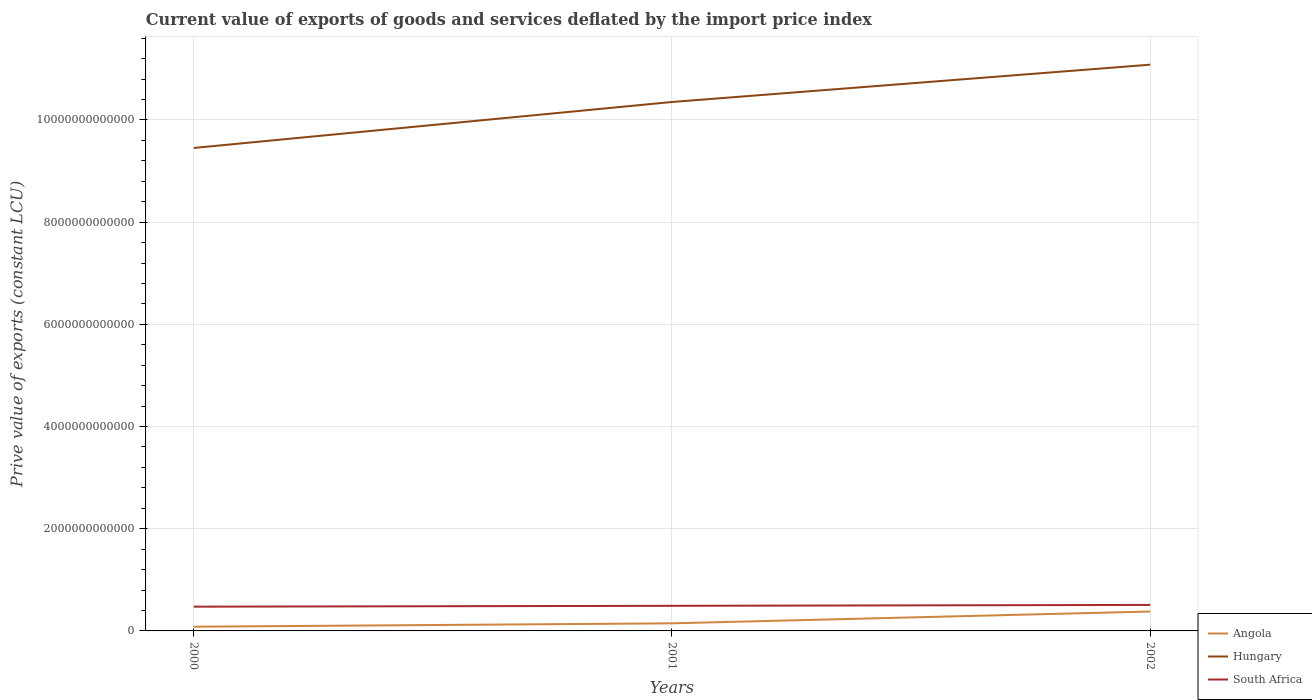
| Years | Angola | Hungary | South Africa |
 | --- | --- | --- | --- |
 | 2000 | 8.22e+10 | 9.45e+12 | 4.75e+11 |
 | 2001 | 1.49e+11 | 1.04e+13 | 4.91e+11 |
 | 2002 | 3.8e+11 | 1.11e+13 | 5.09e+11 |